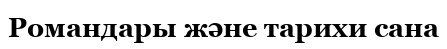
Романдары және тарихи сана